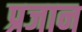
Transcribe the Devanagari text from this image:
प्रजान